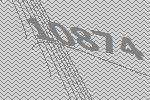
10874